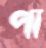
পা